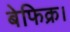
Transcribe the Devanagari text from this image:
बेफिक्र।